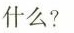
什么?